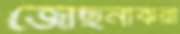
জোছনাঝরা